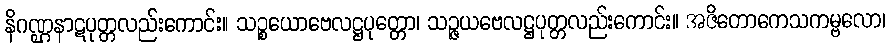
နိဂဏ္ဌနာဋပုတ္တလည်းကောင်း။ သဉ္စယောဗေလဋ္ဌပုတ္တော၊ သဉ္ဇယဗေလဋ္ဌပုတ္တလည်းကောင်း။ အဇိတောကေသကမ္ဗလော၊